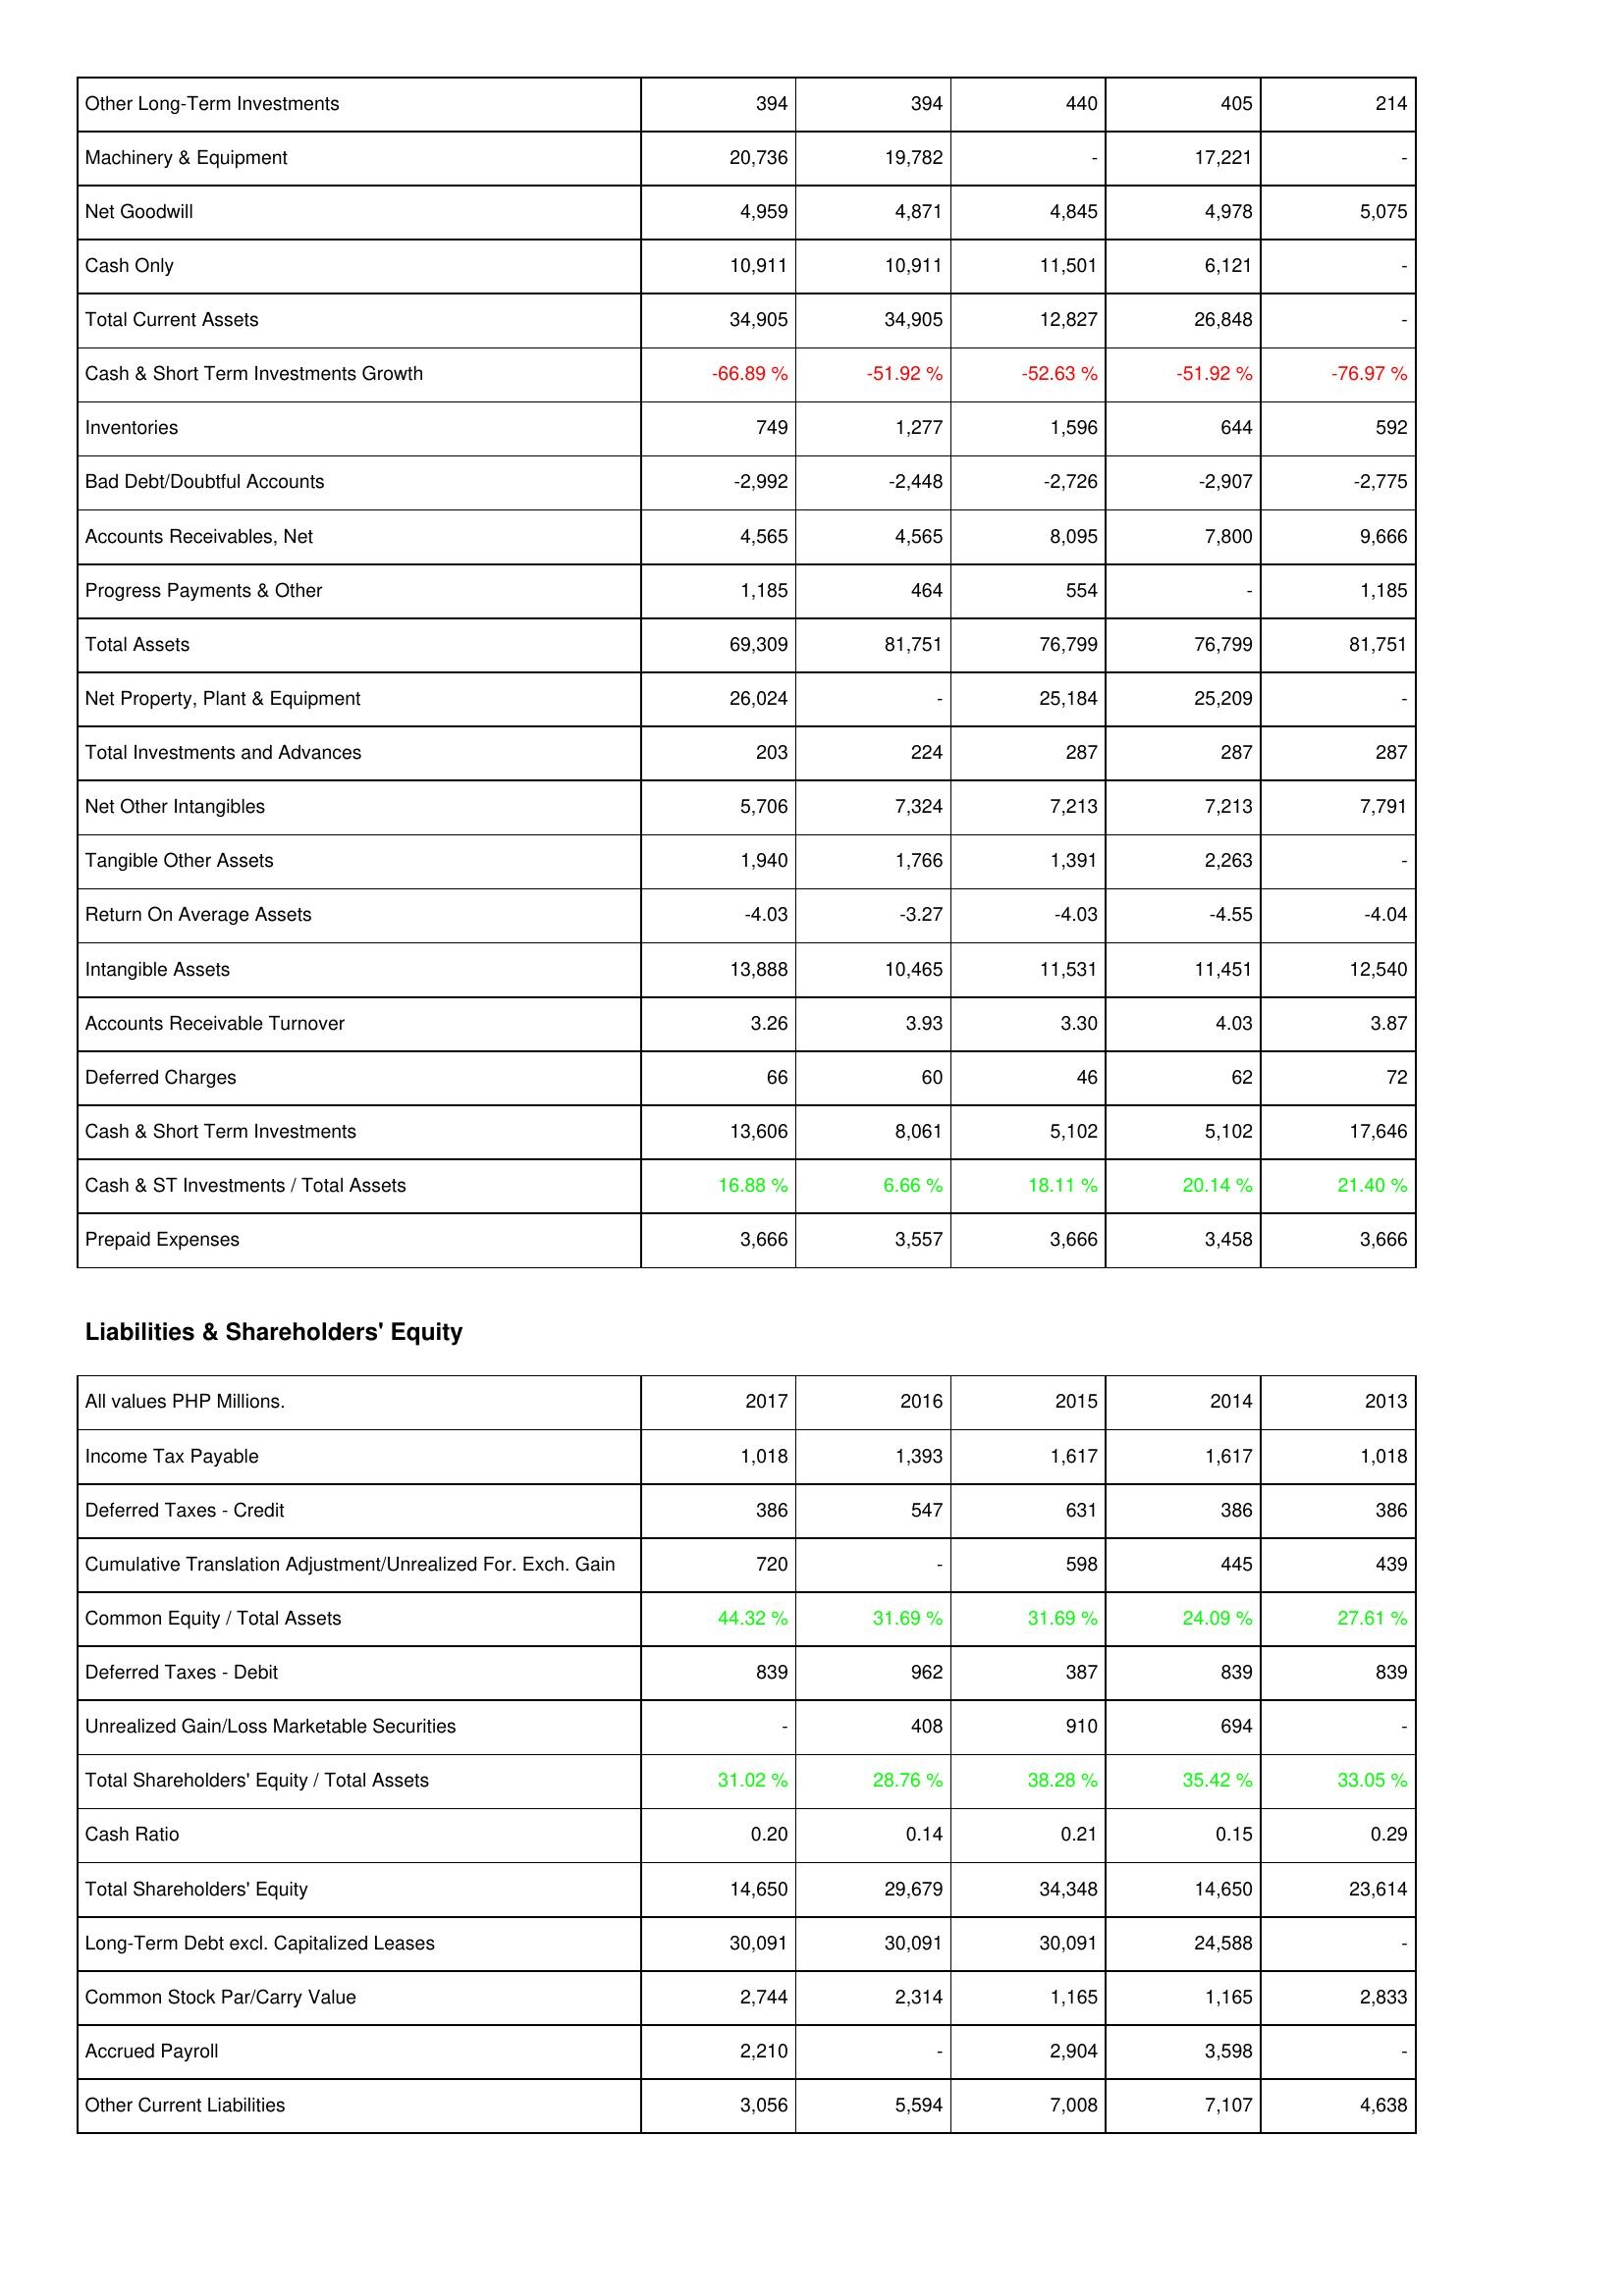
2017: Assets: Other Long-Term Investments: 394
Machinery & Equipment: 20,736
Net Goodwill: 4,959
Cash Only: 10,911
Total Current Assets: 34,905
Cash & Short Term Investments Growth: -66.89 %
Inventories: 749
Bad Debt/Doubtful Accounts: -2,992
Accounts Receivables, Net: 4,565
Progress Payments & Other: 1,185
Total Assets: 69,309
Net Property, Plant & Equipment: 26,024
Total Investments and Advances: 203
Net Other Intangibles: 5,706
Tangible Other Assets: 1,940
Return On Average Assets: -4.03
Intangible Assets: 13,888
Accounts Receivable Turnover: 3.26
Deferred Charges: 66
Cash & Short Term Investments: 13,606
Cash & ST Investments / Total Assets: 16.88 %
Prepaid Expenses: 3,666
Liabilities & Shareholders' Equity: Income Tax Payable: 1,018
Deferred Taxes - Credit: 386
Cumulative Translation Adjustment/Unrealized For. Exch. Gain: 720
Common Equity / Total Assets: 44.32 %
Deferred Taxes - Debit: 839
Unrealized Gain/Loss Marketable Securities: -
Total Shareholders' Equity / Total Assets: 31.02 %
Cash Ratio: 0.20
Total Shareholders' Equity: 14,650
Long-Term Debt excl. Capitalized Leases: 30,091
Common Stock Par/Carry Value: 2,744
Accrued Payroll: 2,210
Other Current Liabilities: 3,056
2016: Assets: Other Long-Term Investments: 394
Machinery & Equipment: 19,782
Net Goodwill: 4,871
Cash Only: 10,911
Total Current Assets: 34,905
Cash & Short Term Investments Growth: -51.92 %
Inventories: 1,277
Bad Debt/Doubtful Accounts: -2,448
Accounts Receivables, Net: 4,565
Progress Payments & Other: 464
Total Assets: 81,751
Net Property, Plant & Equipment: -
Total Investments and Advances: 224
Net Other Intangibles: 7,324
Tangible Other Assets: 1,766
Return On Average Assets: -3.27
Intangible Assets: 10,465
Accounts Receivable Turnover: 3.93
Deferred Charges: 60
Cash & Short Term Investments: 8,061
Cash & ST Investments / Total Assets: 6.66 %
Prepaid Expenses: 3,557
Liabilities & Shareholders' Equity: Income Tax Payable: 1,393
Deferred Taxes - Credit: 547
Cumulative Translation Adjustment/Unrealized For. Exch. Gain: -
Common Equity / Total Assets: 31.69 %
Deferred Taxes - Debit: 962
Unrealized Gain/Loss Marketable Securities: 408
Total Shareholders' Equity / Total Assets: 28.76 %
Cash Ratio: 0.14
Total Shareholders' Equity: 29,679
Long-Term Debt excl. Capitalized Leases: 30,091
Common Stock Par/Carry Value: 2,314
Accrued Payroll: -
Other Current Liabilities: 5,594
2015: Assets: Other Long-Term Investments: 440
Machinery & Equipment: -
Net Goodwill: 4,845
Cash Only: 11,501
Total Current Assets: 12,827
Cash & Short Term Investments Growth: -52.63 %
Inventories: 1,596
Bad Debt/Doubtful Accounts: -2,726
Accounts Receivables, Net: 8,095
Progress Payments & Other: 554
Total Assets: 76,799
Net Property, Plant & Equipment: 25,184
Total Investments and Advances: 287
Net Other Intangibles: 7,213
Tangible Other Assets: 1,391
Return On Average Assets: -4.03
Intangible Assets: 11,531
Accounts Receivable Turnover: 3.30
Deferred Charges: 46
Cash & Short Term Investments: 5,102
Cash & ST Investments / Total Assets: 18.11 %
Prepaid Expenses: 3,666
Liabilities & Shareholders' Equity: Income Tax Payable: 1,617
Deferred Taxes - Credit: 631
Cumulative Translation Adjustment/Unrealized For. Exch. Gain: 598
Common Equity / Total Assets: 31.69 %
Deferred Taxes - Debit: 387
Unrealized Gain/Loss Marketable Securities: 910
Total Shareholders' Equity / Total Assets: 38.28 %
Cash Ratio: 0.21
Total Shareholders' Equity: 34,348
Long-Term Debt excl. Capitalized Leases: 30,091
Common Stock Par/Carry Value: 1,165
Accrued Payroll: 2,904
Other Current Liabilities: 7,008
2014: Assets: Other Long-Term Investments: 405
Machinery & Equipment: 17,221
Net Goodwill: 4,978
Cash Only: 6,121
Total Current Assets: 26,848
Cash & Short Term Investments Growth: -51.92 %
Inventories: 644
Bad Debt/Doubtful Accounts: -2,907
Accounts Receivables, Net: 7,800
Progress Payments & Other: -
Total Assets: 76,799
Net Property, Plant & Equipment: 25,209
Total Investments and Advances: 287
Net Other Intangibles: 7,213
Tangible Other Assets: 2,263
Return On Average Assets: -4.55
Intangible Assets: 11,451
Accounts Receivable Turnover: 4.03
Deferred Charges: 62
Cash & Short Term Investments: 5,102
Cash & ST Investments / Total Assets: 20.14 %
Prepaid Expenses: 3,458
Liabilities & Shareholders' Equity: Income Tax Payable: 1,617
Deferred Taxes - Credit: 386
Cumulative Translation Adjustment/Unrealized For. Exch. Gain: 445
Common Equity / Total Assets: 24.09 %
Deferred Taxes - Debit: 839
Unrealized Gain/Loss Marketable Securities: 694
Total Shareholders' Equity / Total Assets: 35.42 %
Cash Ratio: 0.15
Total Shareholders' Equity: 14,650
Long-Term Debt excl. Capitalized Leases: 24,588
Common Stock Par/Carry Value: 1,165
Accrued Payroll: 3,598
Other Current Liabilities: 7,107
2013: Assets: Other Long-Term Investments: 214
Machinery & Equipment: -
Net Goodwill: 5,075
Cash Only: -
Total Current Assets: -
Cash & Short Term Investments Growth: -76.97 %
Inventories: 592
Bad Debt/Doubtful Accounts: -2,775
Accounts Receivables, Net: 9,666
Progress Payments & Other: 1,185
Total Assets: 81,751
Net Property, Plant & Equipment: -
Total Investments and Advances: 287
Net Other Intangibles: 7,791
Tangible Other Assets: -
Return On Average Assets: -4.04
Intangible Assets: 12,540
Accounts Receivable Turnover: 3.87
Deferred Charges: 72
Cash & Short Term Investments: 17,646
Cash & ST Investments / Total Assets: 21.40 %
Prepaid Expenses: 3,666
Liabilities & Shareholders' Equity: Income Tax Payable: 1,018
Deferred Taxes - Credit: 386
Cumulative Translation Adjustment/Unrealized For. Exch. Gain: 439
Common Equity / Total Assets: 27.61 %
Deferred Taxes - Debit: 839
Unrealized Gain/Loss Marketable Securities: -
Total Shareholders' Equity / Total Assets: 33.05 %
Cash Ratio: 0.29
Total Shareholders' Equity: 23,614
Long-Term Debt excl. Capitalized Leases: -
Common Stock Par/Carry Value: 2,833
Accrued Payroll: -
Other Current Liabilities: 4,638